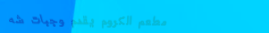
مطعم الكروم يقدم وجبات شه